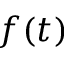
f ( t )